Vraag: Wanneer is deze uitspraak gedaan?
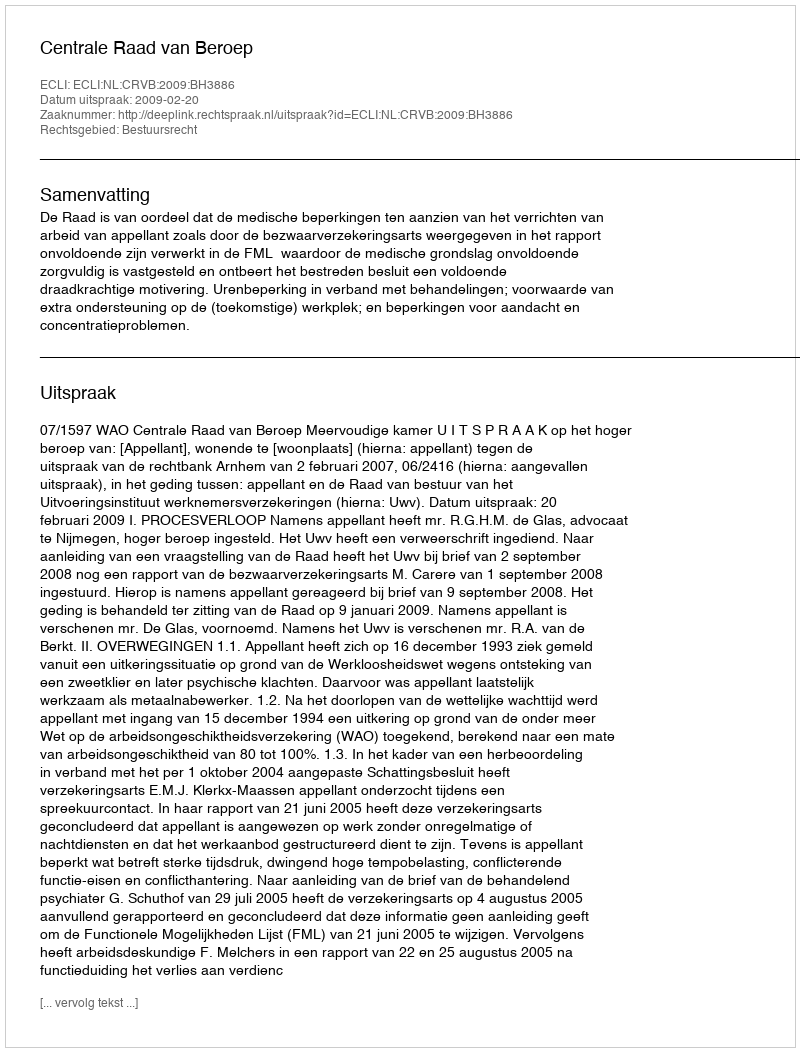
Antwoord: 2009-02-20